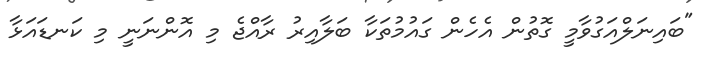
"ބައިނަލްއަގުވާމީ ގޮތުން އެހެން ގައުމުތަކާ ބަލާއިރު ރާއްޖެ މި އޮންނަނީ މި ކަނޑައަޅާ